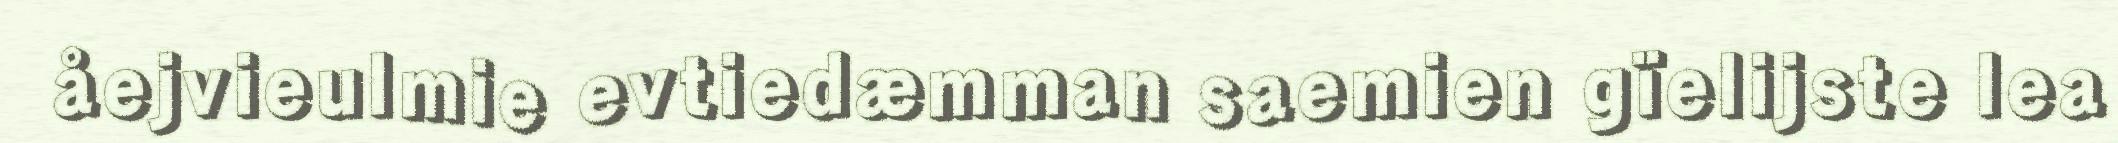
åejvieulmie evtiedæmman saemien gïelijste lea